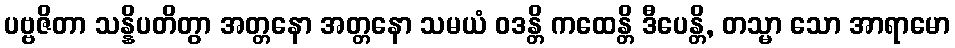
ပဗ္ဗဇိတာ သန္နိပတိတွာ အတ္တနော အတ္တနော သမယံ ဝဒန္တိ ကထေန္တိ ဒီပေန္တိ, တသ္မာ သော အာရာမော